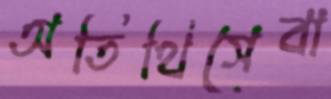
অতিথিসেবা